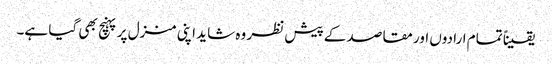
یقیناً تمام ارادوں اور مقاصد کے پیش نظر وہ شاید اپنی منزل پر پہنچ بھی گیا ہے۔